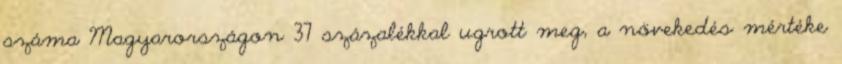
száma Magyarországon 37 százalékkal ugrott meg, a növekedés mértéke